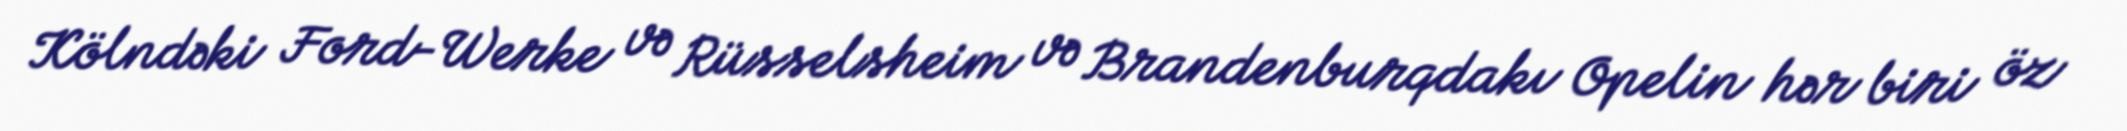
Kölndəki Ford-Werke və Rüsselsheim və Brandenburqdakı Opelin hər biri öz